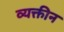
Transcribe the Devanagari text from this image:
व्यक्तीन